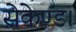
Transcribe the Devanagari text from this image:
सेकेण्ड।